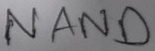
Text: NAND